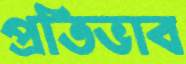
প্রতিভাব